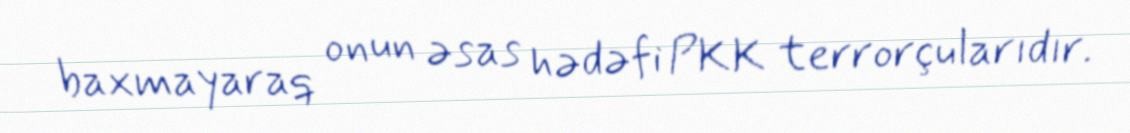
baxmayaraq onun əsas hədəfi PKK terrorçularıdır.